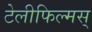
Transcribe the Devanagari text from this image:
टेलीफिल्मस्